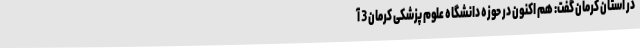
در استان کرمان گفت: هم اکنون در حوزه دانشگاه علوم پزشکی کرمان 3 آ